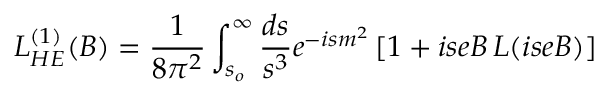
{ \cal L } _ { H E } ^ { ( 1 ) } ( B ) = { \frac { 1 } { 8 \pi ^ { 2 } } } \int _ { s _ { o } } ^ { \infty } { \frac { d s } { s ^ { 3 } } } e ^ { - i s m ^ { 2 } } \, [ 1 + i s e B \, L ( i s e B ) ]